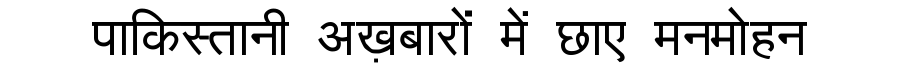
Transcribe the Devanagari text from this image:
पाकिस्तानी अख़बारों में छाए मनमोहन